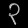
Digit: ၃